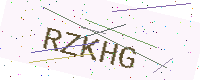
Text: RZKHG